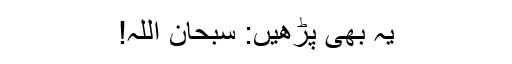
یہ بھی پڑھیں: سبحان اللہ!